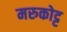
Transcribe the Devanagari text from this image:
मरुकोट्ट